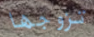
تزوجها